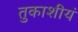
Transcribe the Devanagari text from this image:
तुकाशीयं